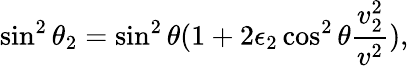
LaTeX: \sin^{2}\theta_{2}=\sin^{2}\theta(1+2\epsilon_{2}\cos^{2}\theta{\frac{v_{2}^{2}}{v^{2}}}),